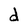
Character: d